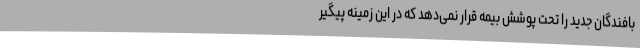
بافندگان جدید را تحت پوشش بیمه قرار نمی‌دهد که در این زمینه پیگیر